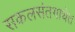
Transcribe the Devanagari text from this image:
सकलसंतगाथेत